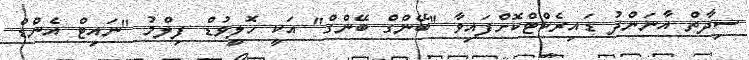
ސިދާތް އާނަންދު ޑައިރެކްޓްކޮށްފައިވާ "ބޭންގް ބޭންގް" އަކީ ހޮލީވުޑް ފިލްމު "ނައިޓް އެންޑް